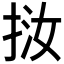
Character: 𢬨